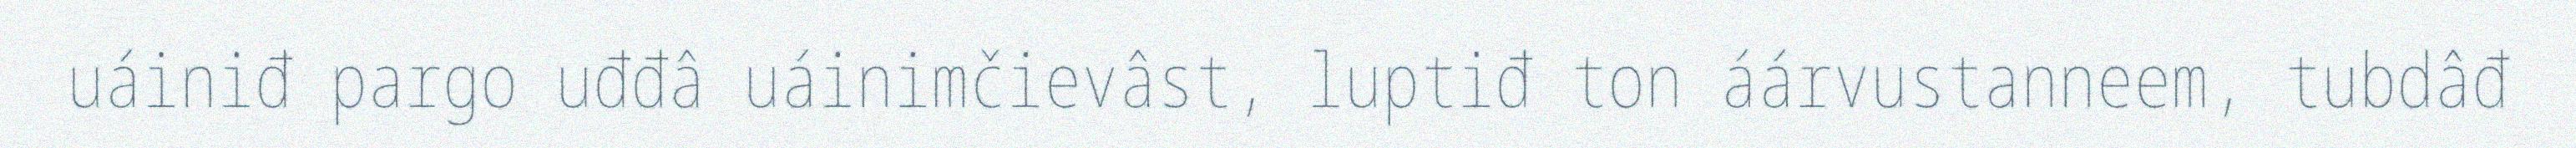
uáiniđ pargo uđđâ uáinimčievâst, luptiđ ton áárvustanneem, tubdâđ